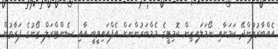
އެއްބާރުލުންދޭ ކަމަށާއި ނޯމަލައިޒިން ކޮމިޓީގެ މެމްބަރުންނަށް އެފްއައިވީބީ އާއި ސެންޓްރަލް ޒޯނުގެ ފަރާތުން